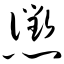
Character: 惩